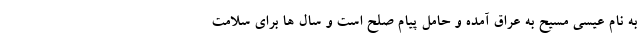
به نام عیسی مسیح به عراق آمده و حامل پیام صلح است و سال ها برای سلامت